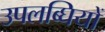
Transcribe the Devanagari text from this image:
उपलब्घियों